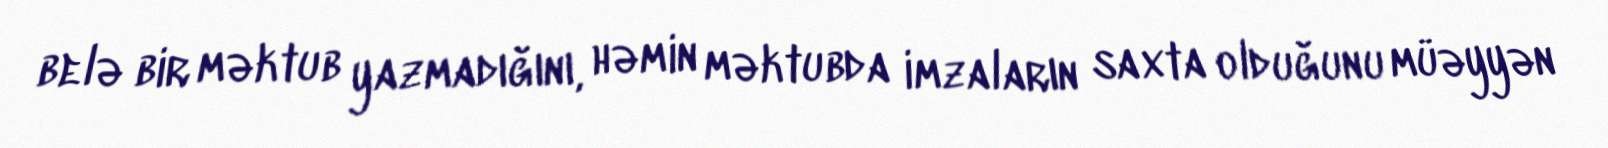
belə bir məktub yazmadığını, həmin məktubda imzaların saxta olduğunu müəyyən